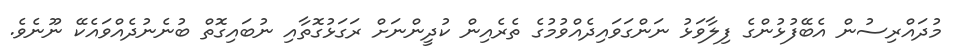
މުދައްރިސުން އެބޭފުޅުންގެ ފިލާވަޅު ނަންގަވައިދެއްވުމުގެ ތެރެއިން ކުދީންނަށް ރަގަޅުގޮތާއި ނުބައިގޮތް ބުނެނުދެއްވައެކޭ ނޫނެވެ.